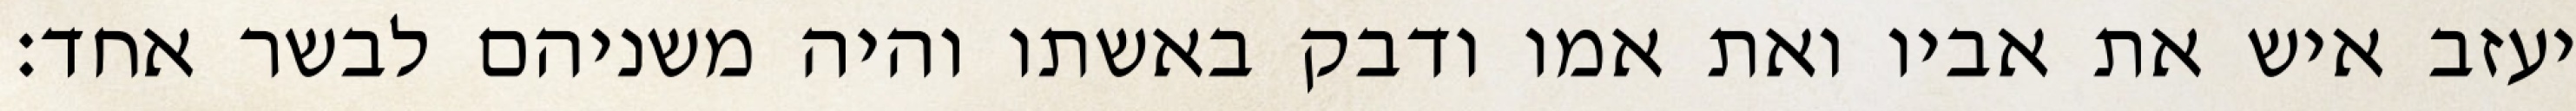
יעזב איש את אביו ואת אמו ודבק באשתו והיה משניהם לבשר אחד׃